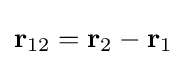
\mathbf {r} _{12}=\mathbf {r} _{2}-\mathbf {r} _{1}